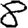
Digit: 8